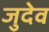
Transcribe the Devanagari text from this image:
जुदेव